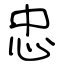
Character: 忠